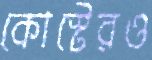
কোস্টেরও